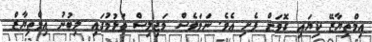
އިމްތިޔާޒޭ ކިޔައި ގޮވަން ފެށި އެވެ. ނަމަވެސް މަޖިލިސް ތަޅުމުގައި ލިބުނު އިމްތިޔާޒް